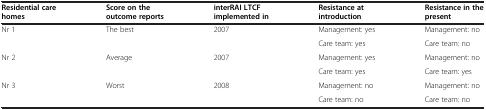
<table><thead><tr><td><b>Residential care homes</b></td><td><b>Score on the outcome reports</b></td><td><b>interRAI LTCF implemented in</b></td><td><b>Resistance at introduction</b></td><td><b>Resistance in the present</b></td></tr></thead><tbody><tr><td rowspan="2">Nr 1</td><td rowspan="2">The best</td><td rowspan="2">2007</td><td>Management: yes</td><td>Management: no</td></tr><tr><td>Care team: yes</td><td>Care team: no</td></tr><tr><td>Nr 2</td><td>Average</td><td>2007</td><td>Management: yes</td><td>Management: no</td></tr><tr><td> </td><td> </td><td> </td><td>Care team: yes</td><td>Care team: yes</td></tr><tr><td rowspan="2">Nr 3</td><td rowspan="2">Worst</td><td rowspan="2">2008</td><td>Management: no</td><td>Management: no</td></tr><tr><td>Care team: no</td><td>Care team: no</td></tr></tbody></table>